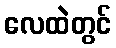
လေထဲတွင်